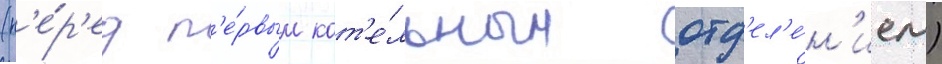
(п'е́р'ед п'е́рвым кот'е́льным отд'ел'е́н'ием)